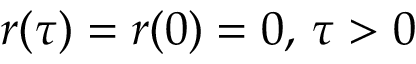
r ( \tau ) = r ( 0 ) = 0 , \, \tau > 0